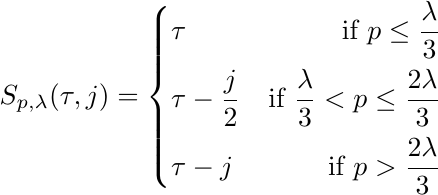
\begin{equation}
S_{p,\lambda}(\tau,j) = \left\{
\begin{split}
& \tau & \mbox{if}~ p \le \frac{\lambda}{3}\\
& \tau - \frac{j}{2}  & \mbox{if}~ \frac{\lambda}{3} < p \le \frac{2\lambda}{3}\\
& \tau - j & \mbox{if}~ p > \frac{2\lambda}{3}\\
\end{split}
\right.
\nonumber
\end{equation}